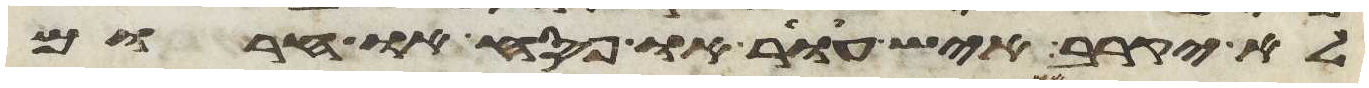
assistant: לא יקרב איש עור או פסח או חרום